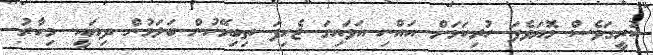
ކުރީގަވެސް މޮޔަވެފަ ހުރިކަމަށް އައްނި އަވައިގަ ޖެހިފަ ތިބިމޭހުން ބަލަމުން ދިޔައީ. މިހާރު